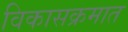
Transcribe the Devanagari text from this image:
विकासक्रमात